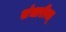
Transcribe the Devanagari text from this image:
संचारीवत्